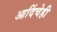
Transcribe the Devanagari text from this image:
आदिंचेही